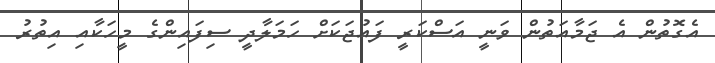
އެގޮތުން އެ ޖަމާއަތުން ވަނީ އަސްކަރީ ފައުޖަކަށް ހަމަލާދީ ސިފައިންގެ މީހަކާއި އިތުރު